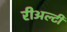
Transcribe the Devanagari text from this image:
रीअल्टी